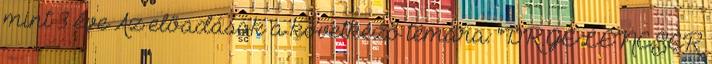
mint 3 éve Az előadások a következő témára: "DR.GELENCSÉR